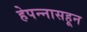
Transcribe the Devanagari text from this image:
हेपन्नासहून